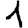
Digit: 1